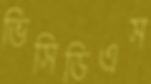
ভিসিডিএস